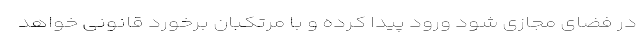
در فضای مجازی شود ورود پیدا کرده و با مرتکبان برخورد قانونی خواهد